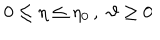
0 \leq \eta \leq \eta _ { 0 } \, , \, \, \vartheta \geq 0